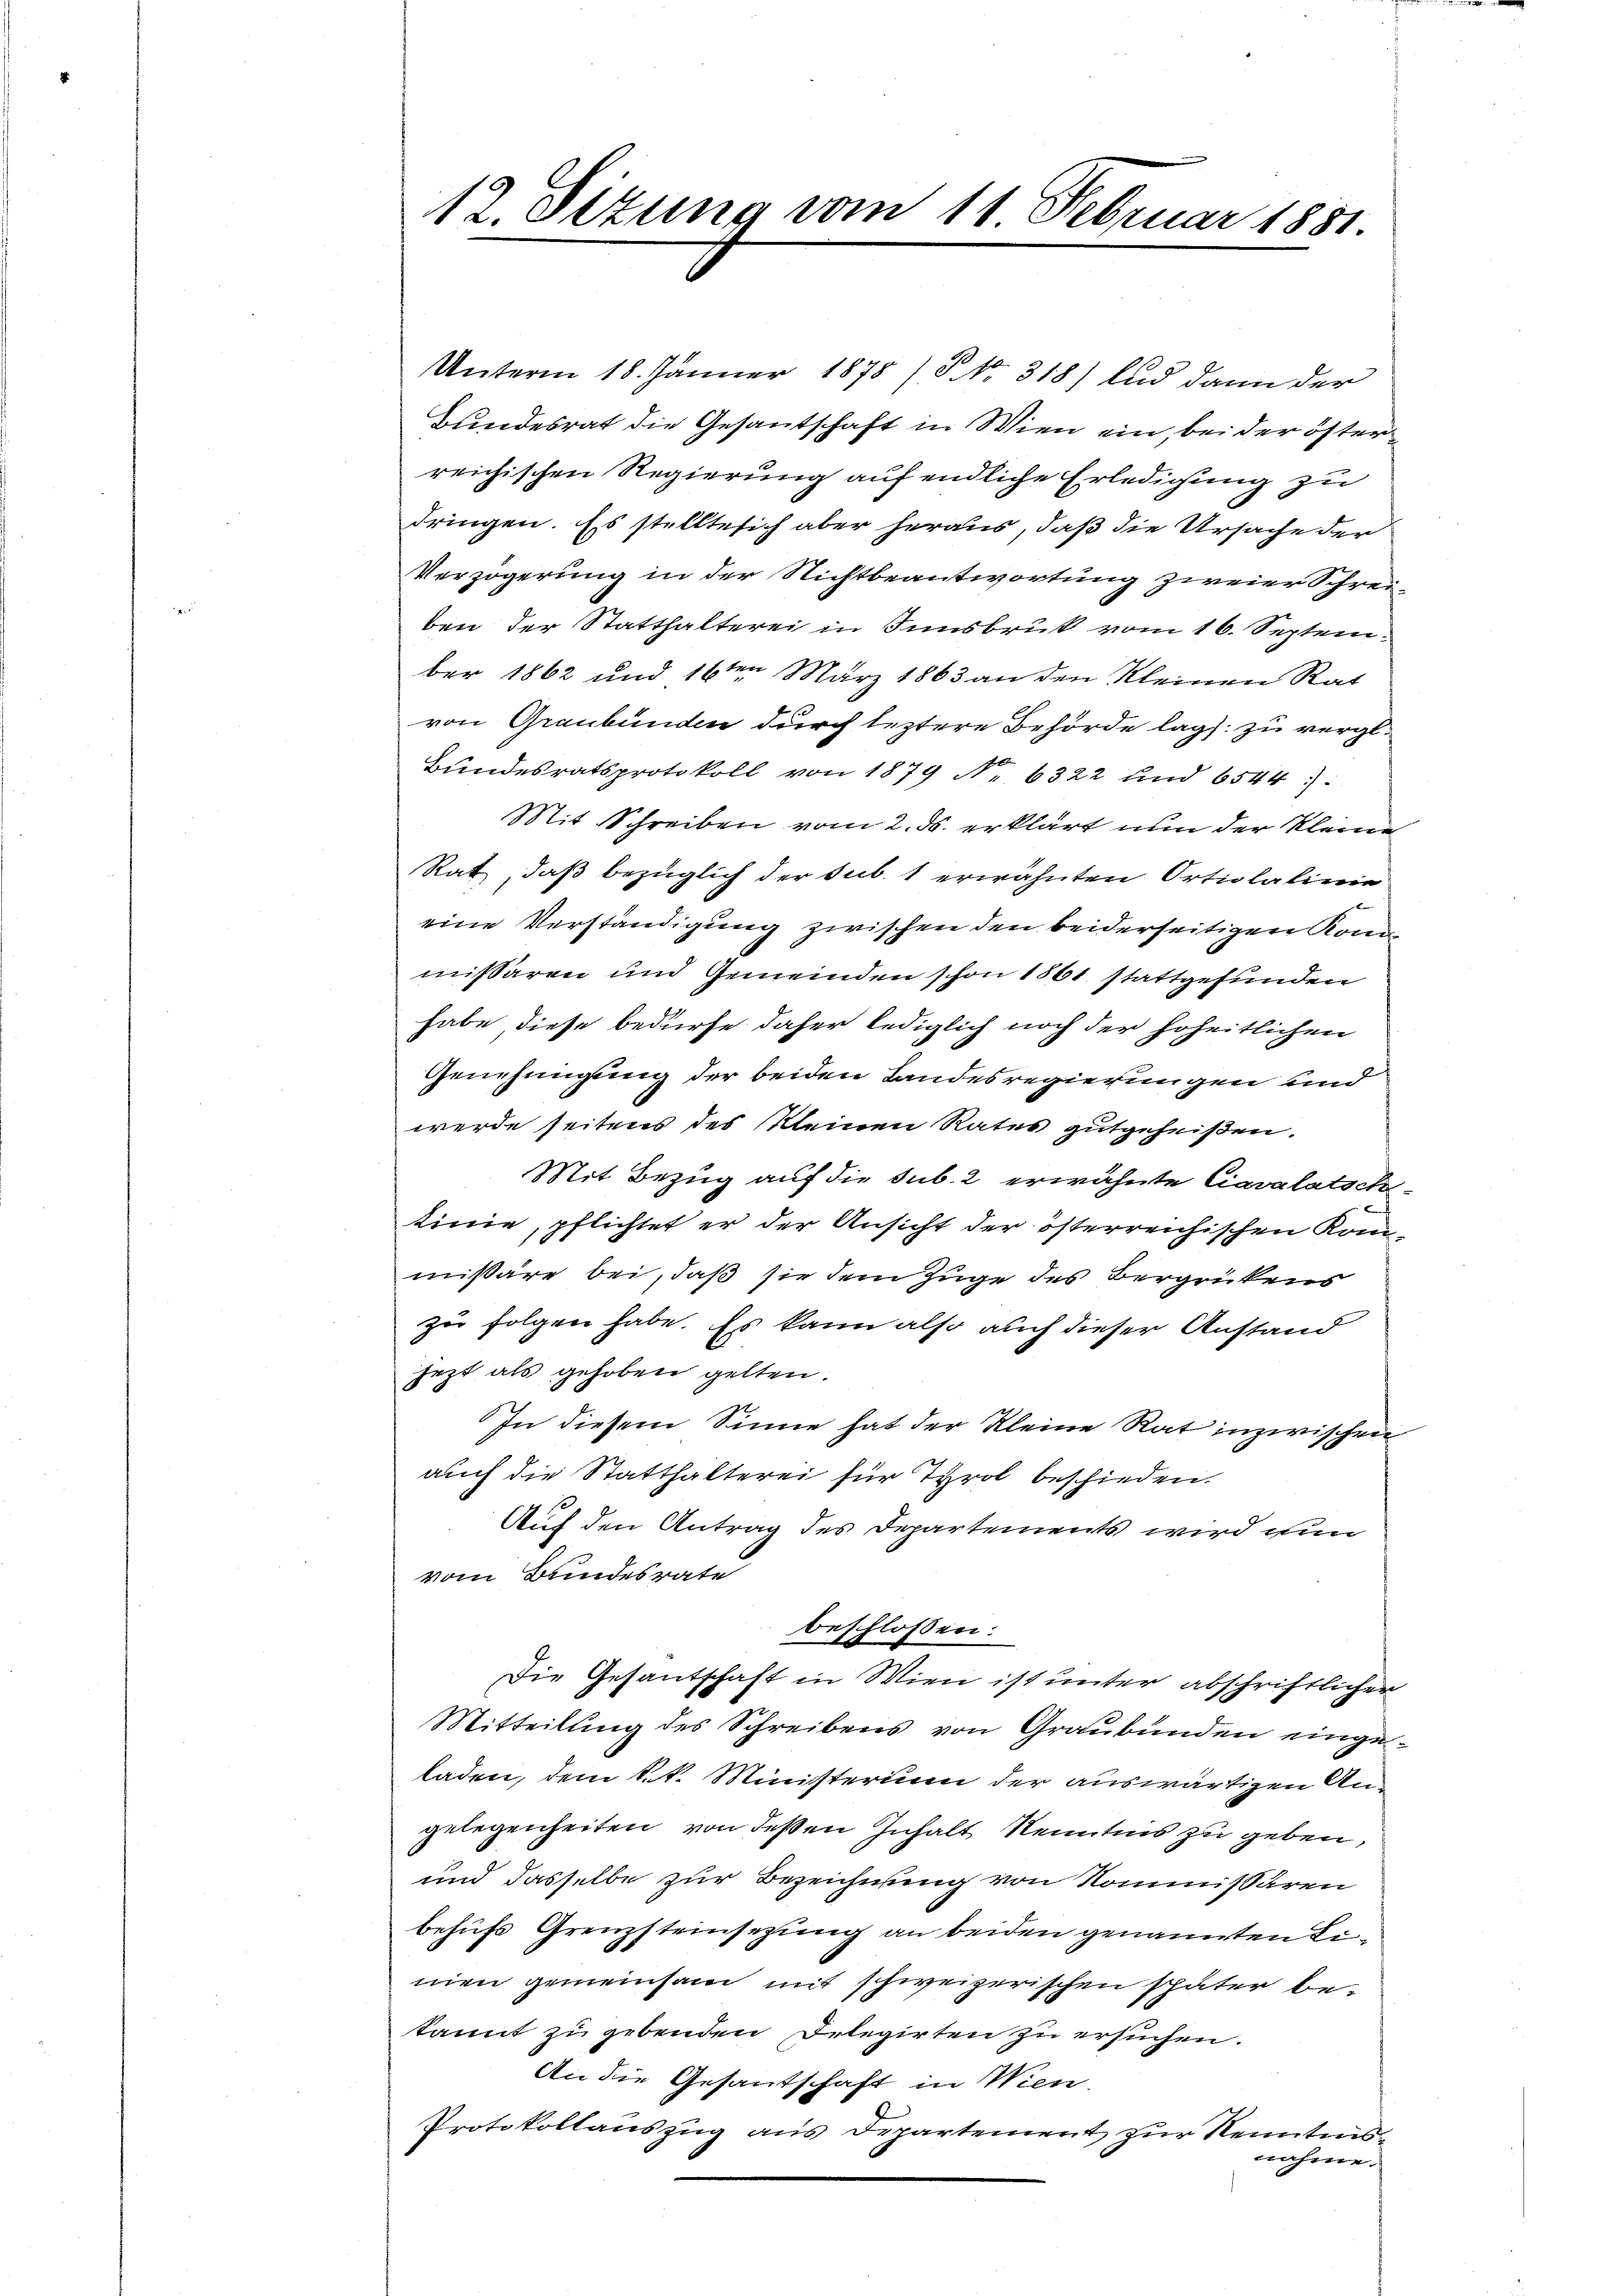
12. Sizung vom 11. Februar 1881.

Unterm 18. Jänner 1878 / P. Nr. 318) und dann der
Bundesrat die Gesantschaft in Wien ein, bei der öster
reichischen Regierung auf endliche Erledigung zu
dringen. Es stellte sich aber heraus, daß die Ursache der
Verzögerung in der Nichtbeantwortung zweier Schreiben der Statthalterei in Innsbruk vom 16. Septem
ber 1862 und 16ten März 1863 an den Kleinen Rat
von Graubünden durch leztere Behörde lag zu vergl.
Bŭndesratsprotokoll von 1879 No 6322 und 6544.
Mit Schreiben vom 2. ds. erklärt nun der Kleine
Rat, daß bezüglich der sub. 1 erwähnten Ortiplatinie
eine Verständigung zwischen den beiderseitigen Konmissären und Gemeinden schon 1861 stattgefunden
habe diese bedürfe daher lediglich noch der hoheitlichen
Genehmigung der beiden Landesregierungen und
werde seitens des Kleinen Rates gutgeheißen.
Mit Bezug auf die sub. 2 erwähnte Cavalatschtinie, pflichtet er der Ansicht der österreichischen Kan
missäre bei, daß sie dem Zuge des Bergrückens
zu folgen habe. Es kann also auch dieser Anstand
jezt als gehoben gelten.
In diesem Sinne hat der Kleine Rat inzwischen
auch die Statthalterei für Tyrol beschieden.
Auf den Antrag des Departements wird ihm
vom Bundesrate
beschlossen:
Die Gesantschaft in Wien ist unter abschriftlicher
Mitteilung des Schreibens von Graubünden eingeladen, dem k.k. Ministerium der auswärtigen Angelegenheiten von deßen Inhalt Kenntnis zu geben,
und dasselbe zur Bezeichnung von Kommissären
behufs Grenzsteinsezung an beiden genannten Limien gemeinsam mit schweizerischen später be-
kannt zu gebenden Delegirten zu ersuchen.
An die Gesantschaft in Wien.
Protokollauszug aus Departement zur Kenntni
nahme.